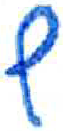
אות: ף